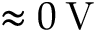
\approx 0 \: \mathrm { V }